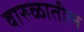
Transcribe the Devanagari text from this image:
वारुळातील